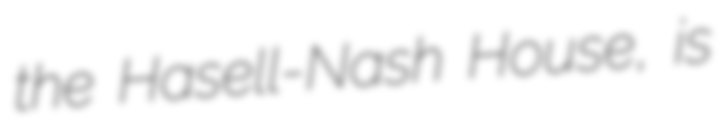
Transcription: the Hasell-Nash House, is